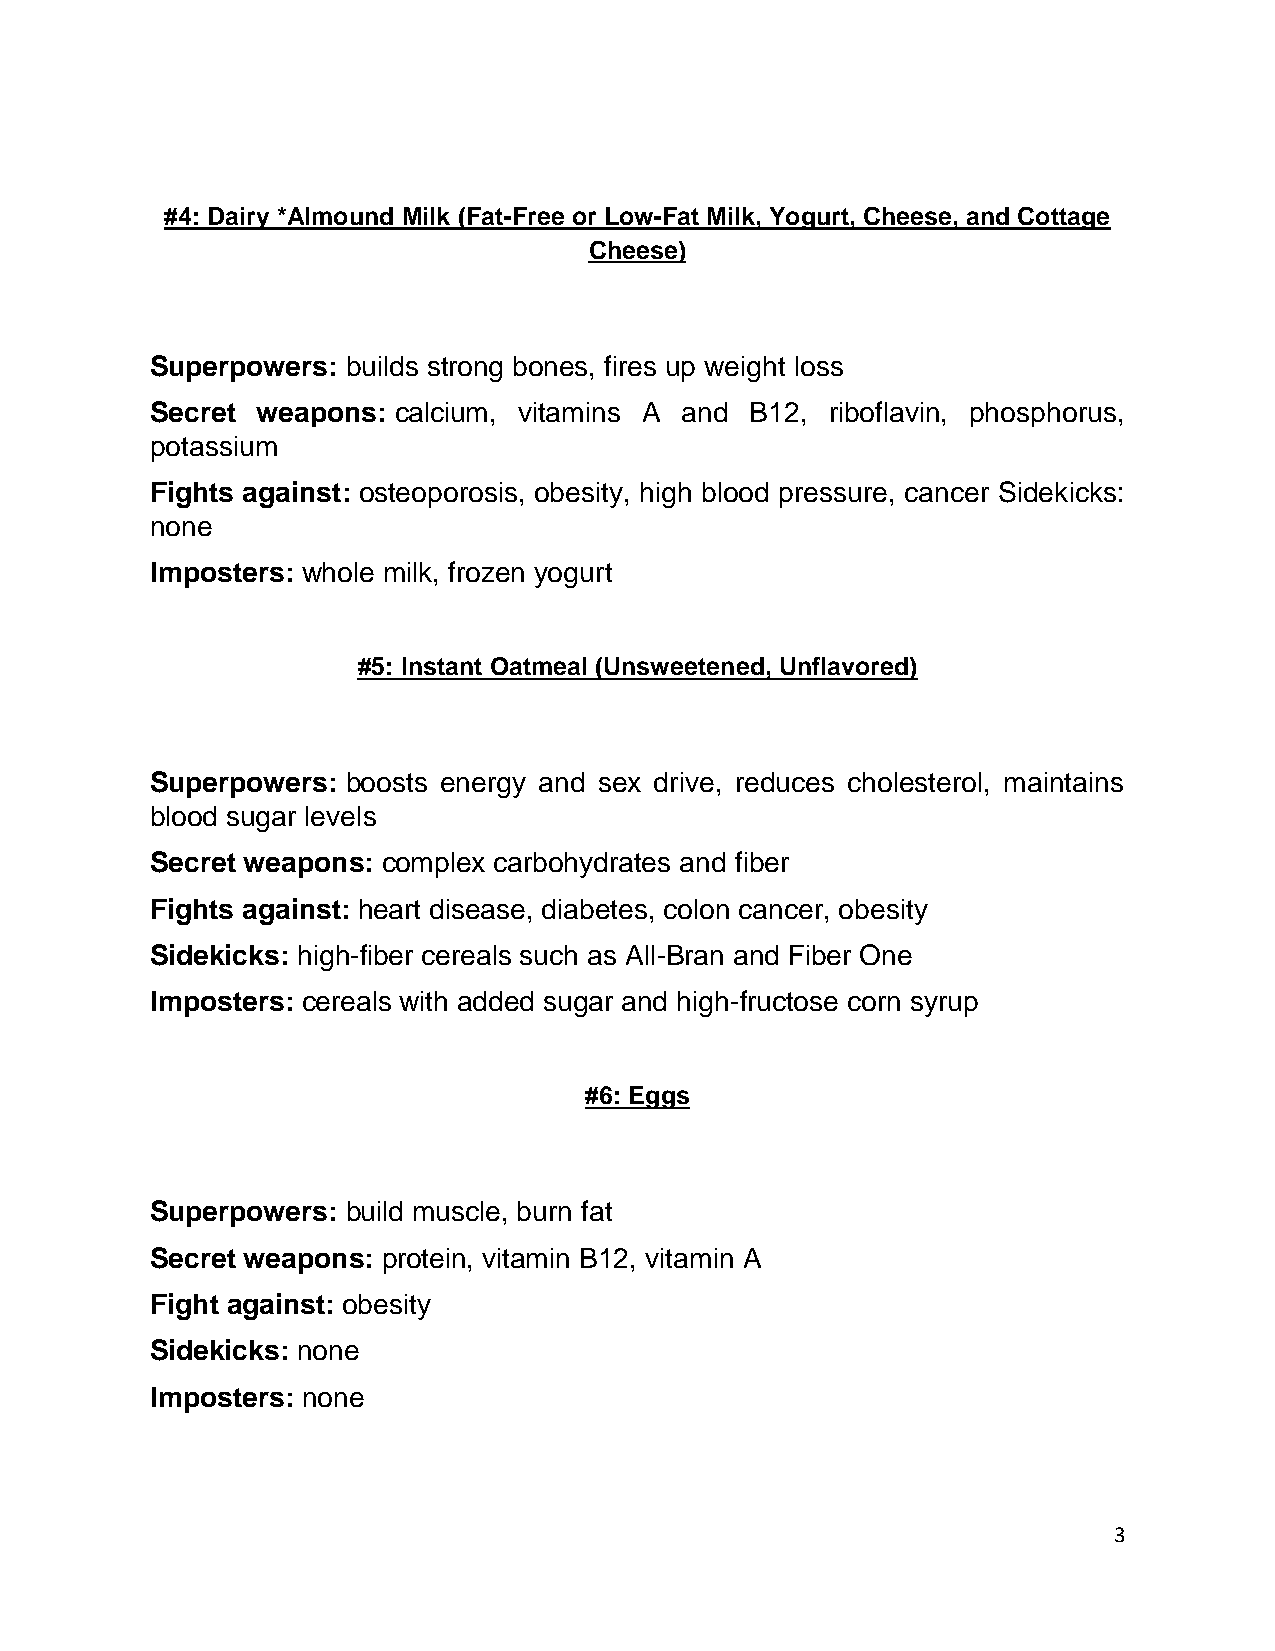
#4: Dairy *Almound Milk (Fat-Free or Low-Fat Milk, Yogurt, Cheese, and Cottage
 Cheese)
 Superpowers: builds strong bones, fires up weight loss
 Secret weapons: calcium, vitamins A and B12, riboflavin, phosphorus,
 potassium
 Fights against: osteoporosis, obesity, high blood pressure, cancer Sidekicks:
 none
 Imposters: whole milk, frozen yogurt
 #5: Instant Oatmeal (Unsweetened, Unflavored)
 Superpowers: boosts energy and sex drive, reduces cholesterol, maintains
 blood sugar levels
 Secret weapons: complex carbohydrates and fiber
 Fights against: heart disease, diabetes, colon cancer, obesity
 Sidekicks: high-fiber cereals such as All-Bran and Fiber One
 Imposters: cereals with added sugar and high-fructose corn syrup
 #6: Eggs
 Superpowers: build muscle, burn fat
 Secret weapons: protein, vitamin B12, vitamin A
 Fight against: obesity
 Sidekicks: none
 Imposters: none
 3